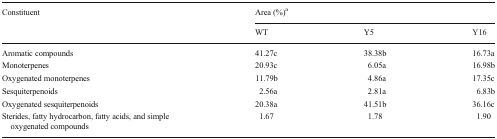
<table><thead><tr><td rowspan="2"><b>Constituent</b></td><td colspan="3"><b>Area (%)<sup>a</sup></b></td></tr><tr><td><b>WT</b></td><td><b>Y5</b></td><td><b>Y16</b></td></tr></thead><tbody><tr><td>Aromatic compounds</td><td>41.27c</td><td>38.38b</td><td>16.73a</td></tr><tr><td>Monoterpenes</td><td>20.93c</td><td>6.05a</td><td>16.98b</td></tr><tr><td>Oxygenated monoterpenes</td><td>11.79b</td><td>4.86a</td><td>17.35c</td></tr><tr><td>Sesquiterpenoids</td><td>2.56a</td><td>2.81a</td><td>6.83b</td></tr><tr><td>Oxygenated sesquiterpenoids</td><td>20.38a</td><td>41.51b</td><td>36.16c</td></tr><tr><td>Sterides, fatty hydrocarbon, fatty acids, and simple oxygenated compounds</td><td>1.67</td><td>1.78</td><td>1.90</td></tr></tbody></table>